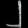
Digit: ၂